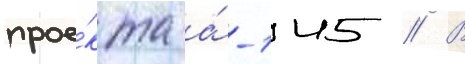
прое́кта а́-145 // В